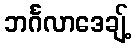
ဘင်္ဂလာဒေချ့်